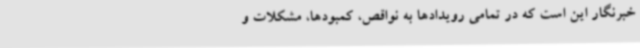
خبرنگار این است که در تمامی رویدادها به نواقص، کمبودها، مشکلات و